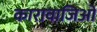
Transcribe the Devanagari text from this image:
कारावाजिओ